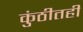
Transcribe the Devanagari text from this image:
कुंठीतही